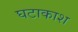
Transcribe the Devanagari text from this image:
घटाकाश